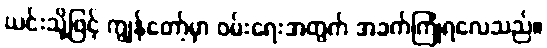
ယင်းသို့ဖြင့် ကျွန်တော့်မှာ ဝမ်းရေးအတွက် အခက်ကြုံရလေသည်။